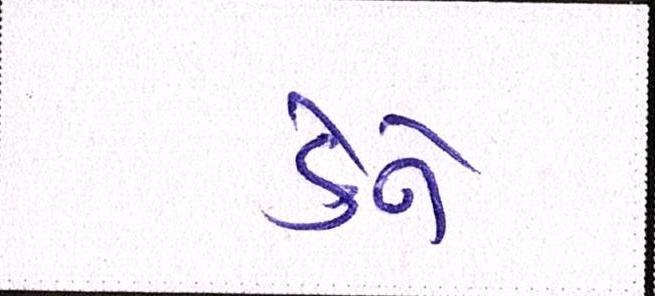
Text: કેર્ન